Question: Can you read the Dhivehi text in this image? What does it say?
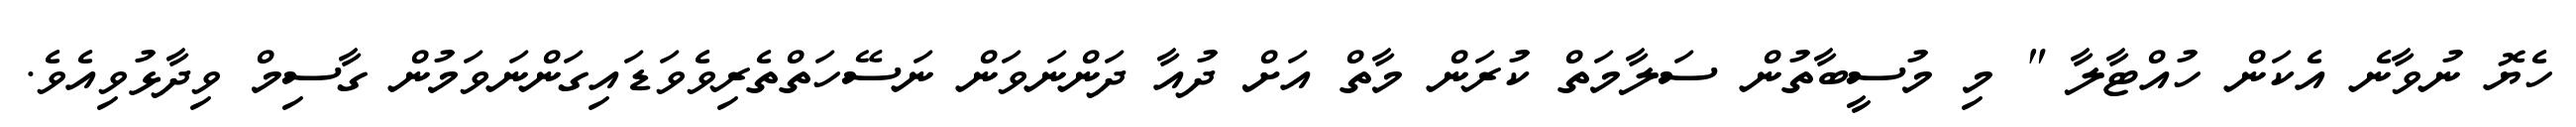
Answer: ހެޔޮ ނުވާނެ އެކަން ހުއްޓާލާ " މި މުސީބާތުން ސަލާމަތް ކުރަން މާތް އަށް ދުއާ ދަންނަވަން ނަސޭހަތްތެރިވެވަޑައިގަންނަވަމުން ގާސިމް ވިދާޅުވިއެވެ.